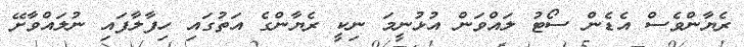
ރެޔާންވެސް އެޑެން ސޯޓު ލައްވަން އުޅުނީމަ ނިކީ ރެޔާންގެ އަތުގައި ހިފާލާފައި ނުލައްވާށޭ